Subject: stat
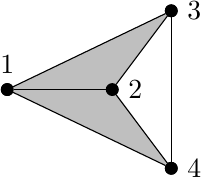
LaTeX code:
\begin{tikzpicture}
\node[circle, draw, fill=black, inner sep=1.5pt, label=above:1] (v1) at (-4/3,0) {};
\node[circle, draw, fill=black, inner sep=1.5pt,label=right:2] (v2) at (0,0) {};
\node[circle, draw, fill=black, inner sep=1.5pt, label= right :3] (v3) at (3/4,1) {};
\node[circle, draw, fill=black, inner sep=1.5pt, label= right:4] (v4) at (3/4,-1) {};

\fill[color=lightgray] (v1.center) -- (v2.center) -- (v3.center) -- cycle;
\fill[color=lightgray] (v1.center) -- (v2.center) -- (v4.center) -- cycle;

\draw (v1) -- (v2);
\draw (v1) -- (v3);
\draw (v1) -- (v4);
\draw (v2) -- (v3);
\draw (v2) -- (v4);
\draw (v3) -- (v4);

\node[circle, draw, fill=black, inner sep=1.5pt] at (-4/3,0) {};
\node[circle, draw, fill=black, inner sep=1.5pt] at (0,0) {};
\node[circle, draw, fill=black, inner sep=1.5pt] at (3/4,1) {};
\node[circle, draw, fill=black, inner sep=1.5pt] at (3/4,-1) {};

\end{tikzpicture}